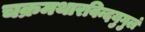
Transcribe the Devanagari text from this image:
चक्रमथारविन्दयुगुलं